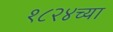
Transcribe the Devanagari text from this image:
१८२४च्या